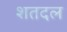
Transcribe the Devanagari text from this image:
शतदल